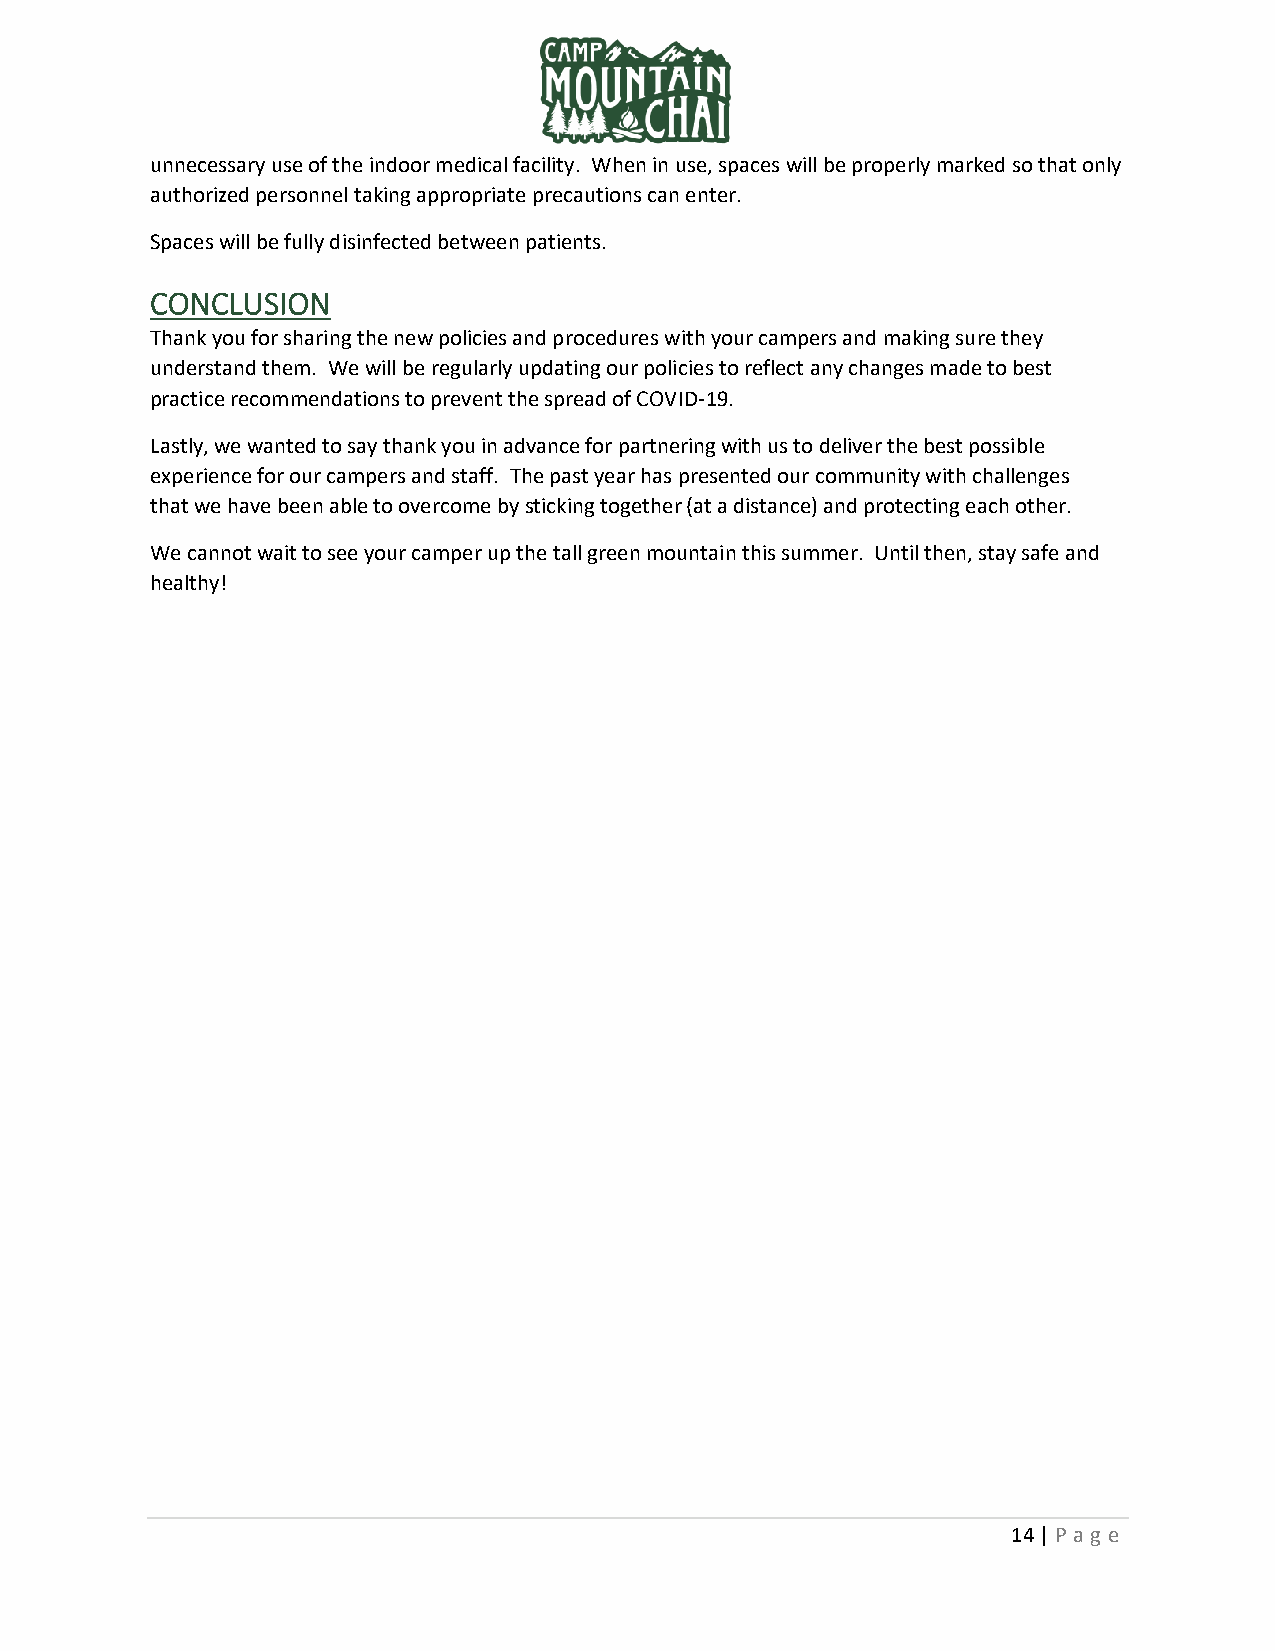
unnecessary use of the indoor medical facility. When in use, spaces will be properly marked so that only
 authorized personnel taking appropriate precautions can enter.
 Spaces will be fully disinfected between patients.
 CONCLUSION
 Thank you for sharing the new policies and procedures with your campers and making sure they
 understand them. We will be regularly updating our policies to reflect any changes made to best
 practice recommendations to prevent the spread of COVID-19.
 Lastly, we wanted to say thank you in advance for partnering with us to deliver the best possible
 experience for our campers and staff. The past year has presented our community with challenges
 that we have been able to overcome by sticking together (at a distance) and protecting each other.
 We cannot wait to see your camper up the tall green mountain this summer. Until then, stay safe and
 healthy!
 14 | P ag e